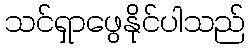
သင်ရှာဖွေနိုင်ပါသည်